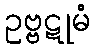
ဥဗ္ဗဋုမံ